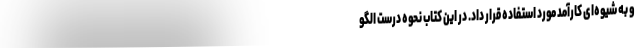
و به شیوه‌ای کارآمد مورد استفاده قرار داد. در این کتاب نحوه درست الگو